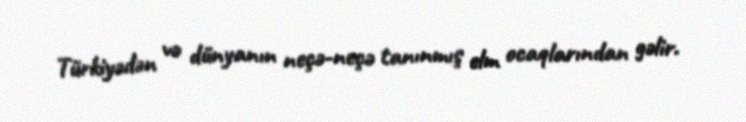
Türkiyədən və dünyanın neçə-neçə tanınmış elm ocaqlarından gəlir.